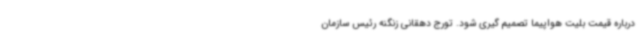
درباره قیمت بلیت هواپیما تصمیم گیری شود. تورج دهقانی زنگنه رئیس سازمان